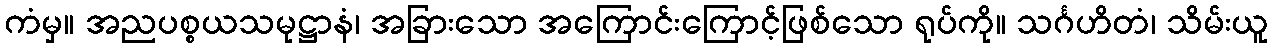
ကံမှ။ အညပစ္စယသမုဋ္ဌာနံ၊ အခြားသော အကြောင်းကြောင့်ဖြစ်သော ရုပ်ကို။ သင်္ဂဟိတံ၊ သိမ်းယူ